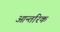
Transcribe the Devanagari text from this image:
आन्‍तरिक